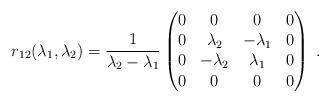
LaTeX: \begin{align*}r_{12}(\lambda_1, \lambda_2) ={1\over \lambda_2-\lambda_1} \begin{pmatrix}0 & 0 & 0 & 0 \cr 0 & \lambda_2 &- \lambda_1 & 0 \cr 0 & - \lambda_2 & \lambda_1 & 0 \cr 0 & 0 & 0 & 0 \end{pmatrix}\;. \end{align*}